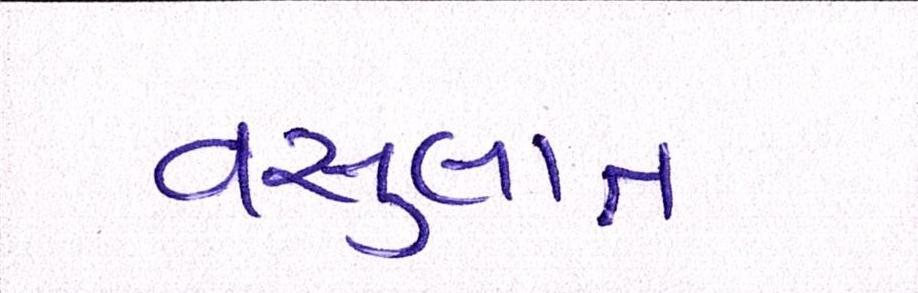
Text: વસુલાત